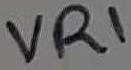
Text: VR1